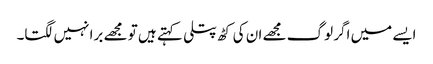
ایسے میں اگر لوگ مجھے ان کی کٹھ پتلی کہتے ہیں تو مجھے برا نہیں لگتا۔